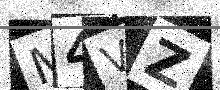
Text: M4VZ